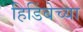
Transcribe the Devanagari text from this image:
हिडिंबेच्या